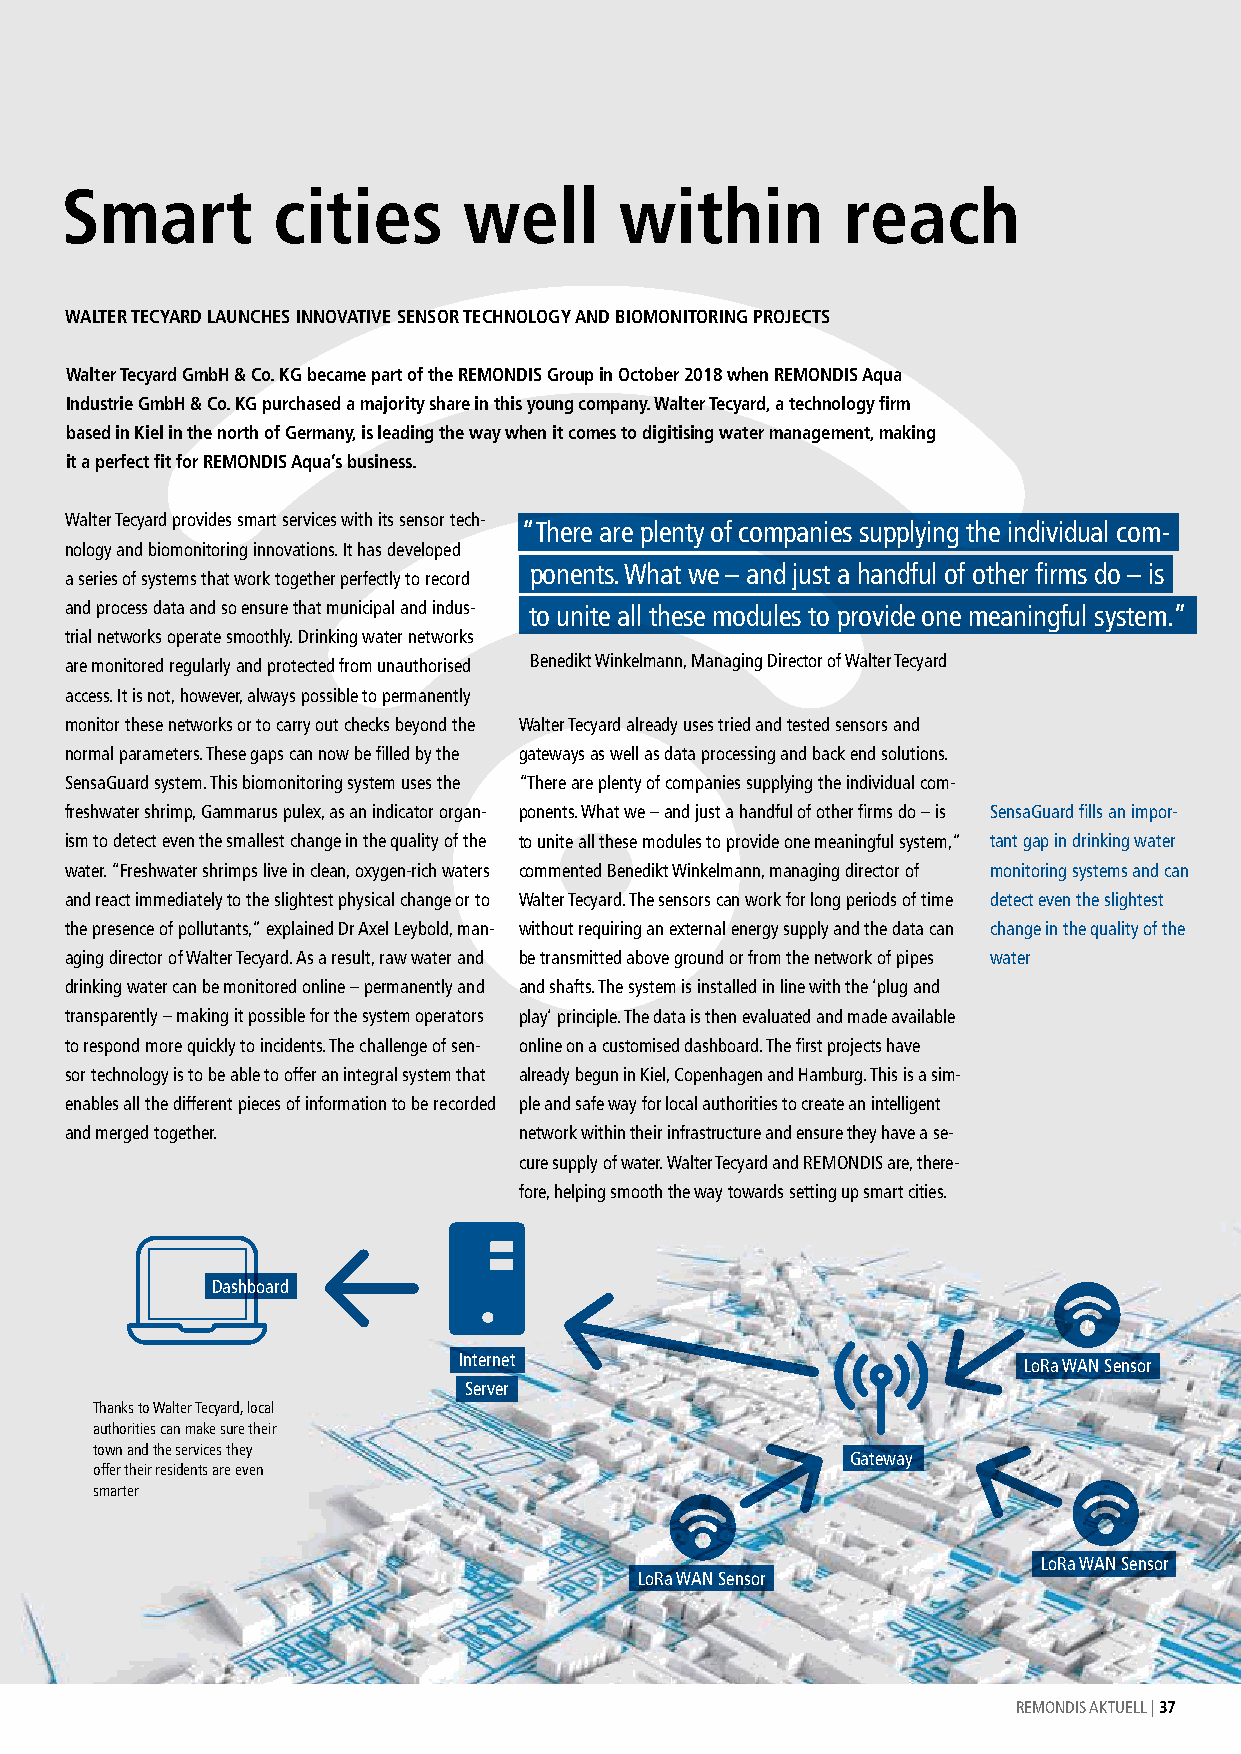
Smart         cities       well      within         reach
 WALTER TECYARD LAUNCHES INNOVATIVE SENSOR TECHNOLOGY AND BIOMONITORING PROJECTS
 Walter Tecyard GmbH & Co. KG became part of the REMONDIS Group in October 2018 when REMONDIS Aqua
 Industrie GmbH & Co. KG purchased a majority share in this young company. Walter Tecyard, a technology firm
 based in Kiel in the north of Germany, is leading the way when it comes to digitising water management, making
 it a perfect fit for REMONDIS Aqua’s business.
 Walter Tecyard provides smart services with its sensor tech-
 “There are plenty of companies supplying the individual com-
 nology and biomonitoring innovations. It has developed
 ponents. What we – and just a handful of other firms do – is
 a series of systems that work together perfectly to record
 and process data and so ensure that municipal and indus- to unite all these modules to provide one meaningful system.”
 trial networks operate smoothly. Drinking water networks
 are monitored regularly and protected from unauthorised Benedikt Winkelmann, Managing Director of Walter Tecyard
 access. It is not, however, always possible to permanently
 monitor these networks or to carry out checks beyond the Walter Tecyard already uses tried and tested sensors and
 normal parameters. These gaps can now be filled by the gateways as well as data processing and back end solutions.
 SensaGuard system. This biomonitoring system uses the “There are plenty of companies supplying the individual com-
 freshwater shrimp, Gammarus pulex, as an indicator organ- ponents. What we – and just a handful of other firms do – is SensaGuard fills an impor-
 ism to detect even the smallest change in the quality of the to unite all these modules to provide one meaningful system,” tant gap in drinking water
 water. “Freshwater shrimps live in clean, oxygen-rich waters commented Benedikt Winkelmann, managing director of monitoring systems and can
 and react immediately to the slightest physical change or to Walter Tecyard. The sensors can work for long periods of time detect even the slightest
 the presence of pollutants,” explained Dr Axel Leybold, man- without requiring an external energy supply and the data can change in the quality of the
 aging director of Walter Tecyard. As a result, raw water and be transmitted above ground or from the network of pipes water
 drinking water can be monitored online – permanently and and shafts. The system is installed in line with the ‘plug and
 transparently – making it possible for the system operators play’ principle. The data is then evaluated and made available
 to respond more quickly to incidents. The challenge of sen- online on a customised dashboard. The first projects have
 sor technology is to be able to offer an integral system that already begun in Kiel, Copenhagen and Hamburg. This is a sim-
 enables all the different pieces of information to be recorded ple and safe way for local authorities to create an intelligent
 and merged together.          network within their infrastructure and ensure they have a se-
 cure supply of water. Walter Tecyard and REMONDIS are, there-
 fore, helping smooth the way towards setting up smart cities.
 Dashboard
 Internet                              LoRa WAN Sensor
 Server
 Thanks to Walter Tecyard, local
 authorities can make sure their
 town and the services they
 Gateway
 offer their residents are even
 smarter
 LoRa WAN Sensor
 LoRa WAN Sensor
 REMONDIS AKTUELL | 37